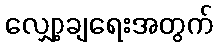
လျှော့ချရေးအတွက်